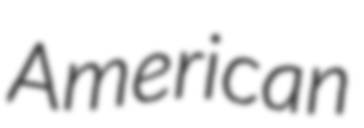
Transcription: American